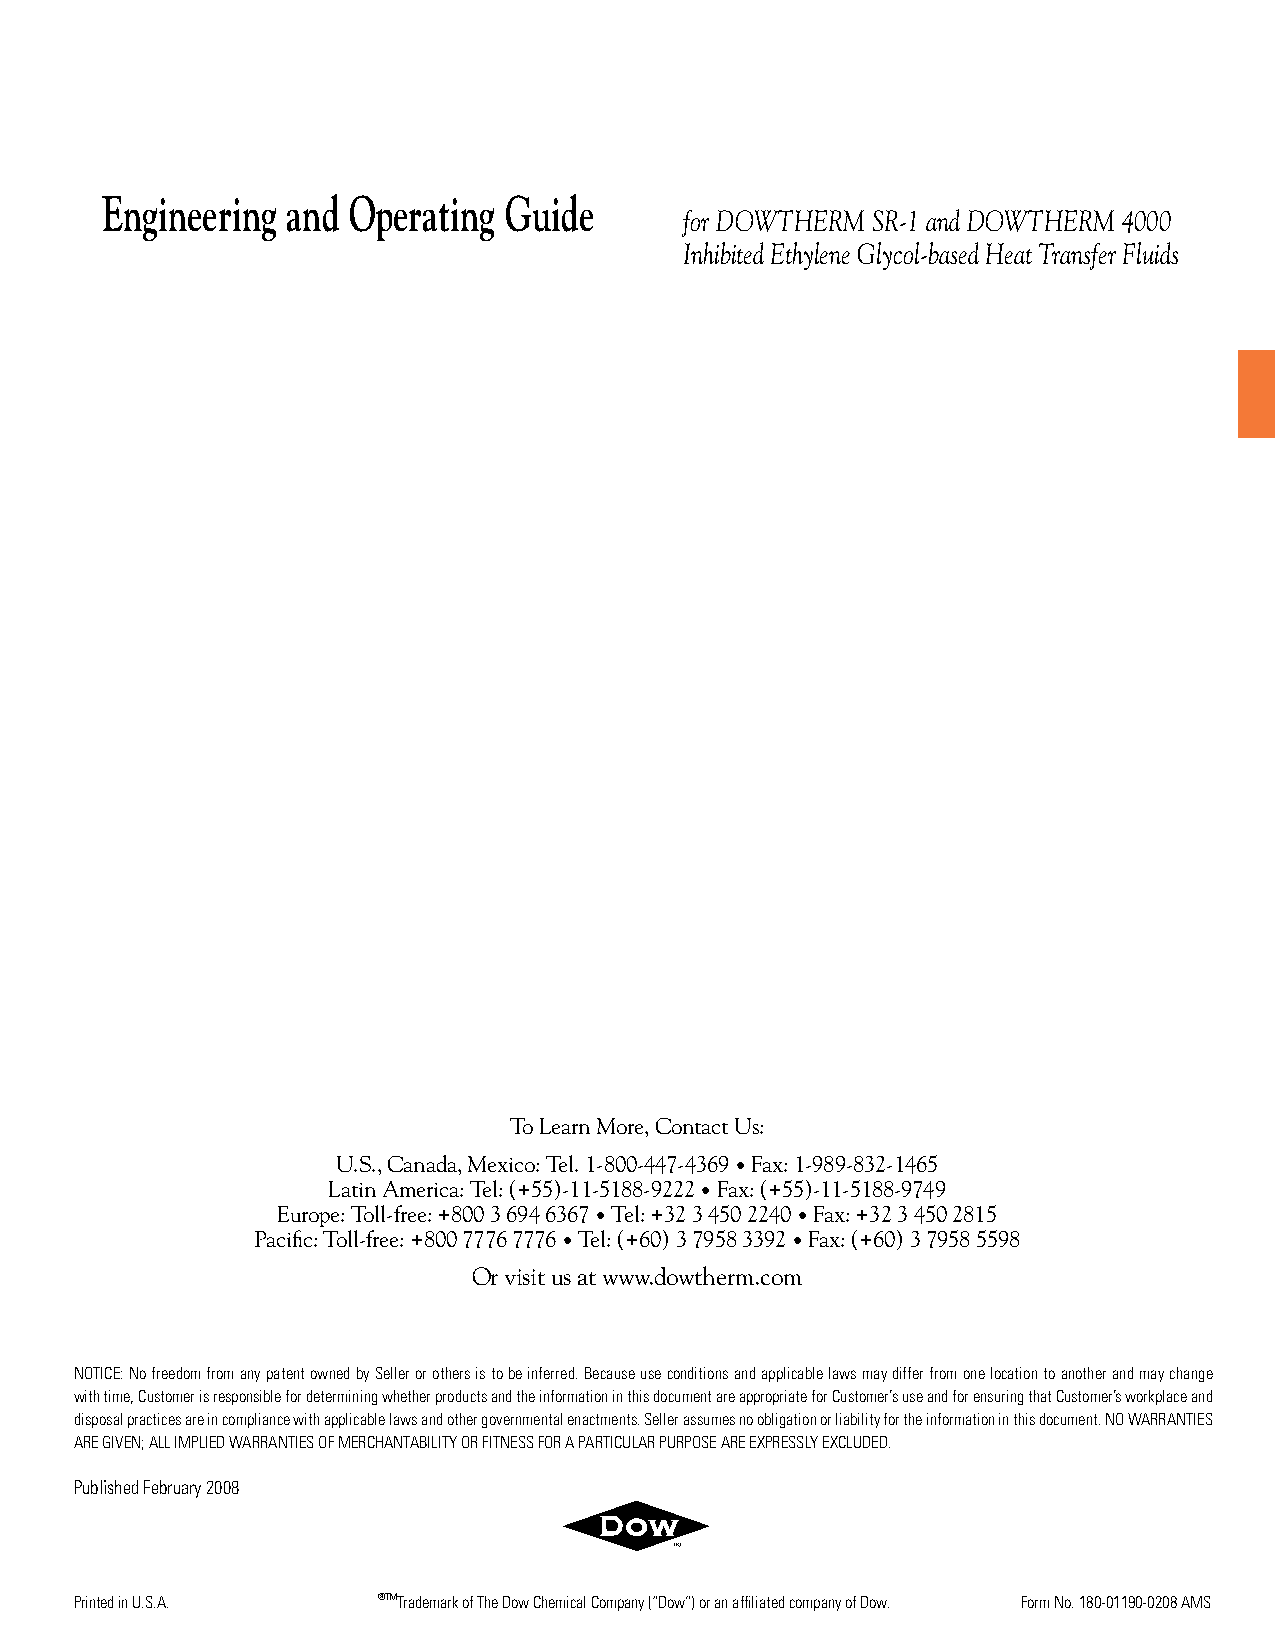
Engineering and Operating Guide
 for DOWTHERM SR-1 and DOWTHERM 4000
 Inhibited Ethylene Glycol-based Heat Transfer Fluids
 To Learn More, Contact Us:
 U.S., Canada, Mexico: Tel. 1-800-447-4369 • Fax: 1-989-832-1465
 Latin America: Tel: (+55)-11-5188-9222 • Fax: (+55)-11-5188-9749
 Europe: Toll-free: +800 3 694 6367 • Tel: +32 3 450 2240 • Fax: +32 3 450 2815
 Pacific: Toll-free: +800 7776 7776 • Tel: (+60) 3 7958 3392 • Fax: (+60) 3 7958 5598
 Or visit us at www.dowtherm.com
 NOTICE: No freedom from any patent owned by Seller or others is to be inferred. Because use conditions and applicable laws may differ from one location to another and may change
 with time, Customer is responsible for determining whether products and the information in this document are appropriate for Customer’s use and for ensuring that Customer’s workplace and
 disposal practices are in compliance with applicable laws and other governmental enactments. Seller assumes no obligation or liability for the information in this document. NO WARRANTIES
 ARE GIVEN; ALL IMPLIED WARRANTIES OF MERCHANTABILITY OR FITNESS FOR A PARTICULAR PURPOSE ARE EXPRESSLY EXCLUDED.
 Published February 2008
 Printed in U.S.A.   ®™Trademark of The Dow Chemical Company (“Dow”) or an affiliated company of Dow. Form No. 180-01190-0208 AMS